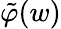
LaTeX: \tilde{\varphi}(w)